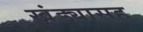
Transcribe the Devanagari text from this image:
खंड्यासह